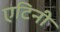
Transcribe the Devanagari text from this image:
एटिनी